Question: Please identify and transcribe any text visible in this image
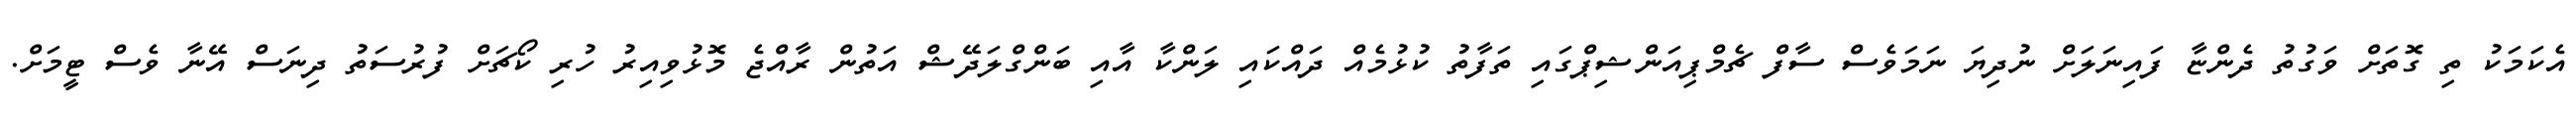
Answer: އެކަމަކު ތި ގޮތަށް ވަގުތު ދެންޏާ ފައިނަލަށް ނުދިޔަ ނަމަވެސް ސާފް ޗެމްޕިއަންޝިޕްގައި ތަފާތު ކުޅުމެއް ދައްކައި ލަންކާ އާއި ބަންގްލަދޭޝް އަތުން ރާއްޖެ މޮޅުވިއިރު ހުރި ކޯޗަށް ފުރުސަތު ދިނަސް އޭނާ ވެސް ޓީމަށް.